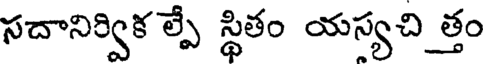
సదానిర్విక ల్పే స్థితం యస్యచి త్తం